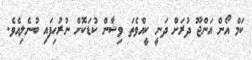
ކަމް އޯން އަންޖޫ ދުރަށް ދަނީ ކީއްވެތަ ވިޝާން ކުޑަކޮށް ނުރުހިފައި ބުނެލިއެވެ.